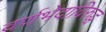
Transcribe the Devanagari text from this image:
वर्णभेदाविरुद्ध